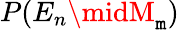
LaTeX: P(E_{n}\midM_{\mathtt{m}})